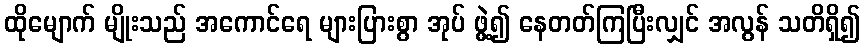
ထိုမျောက် မျိုးသည် အကောင်ရေ များပြားစွာ အုပ် ဖွဲ့၍ နေတတ်ကြပြီးလျှင် အလွန် သတိရှိ၍